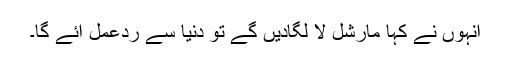
انہوں نے کہا مارشل لا لگادیں گے تو دنیا سے ردعمل آئے گا۔